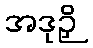
အဒုဉှိ